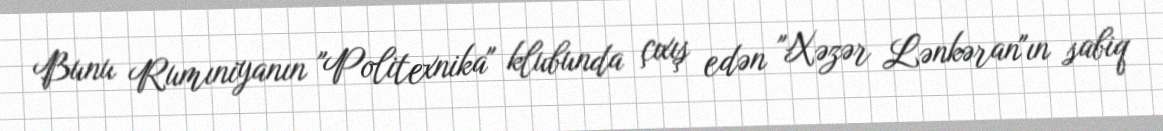
Bunu Rumıniyanın "Politexnika" klubunda çıxış edən "Xəzər Lənkəran"ın sabiq